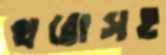
থরোসহ